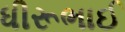
ધીરૂભાઈ